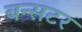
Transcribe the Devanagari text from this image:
बन्सटर